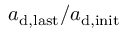
a _ { \mathrm { d , l a s t } } / a _ { \mathrm { d , i n i t } }